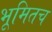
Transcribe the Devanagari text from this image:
भूमितच